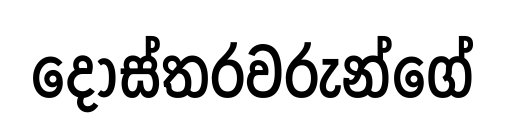
දොස්තරවරුන්ගේ